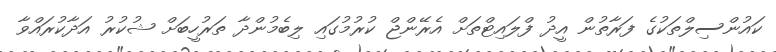
ކައުންސިލްތަކުގެ ފަރާތުން އީދު ފްލައިޓްތަށް އެރޭންޖް ކުރުމުގައި ލިބެމުންދާ ތަރުހީބަށް ޝުކުރު އަދާކުރައްވާ